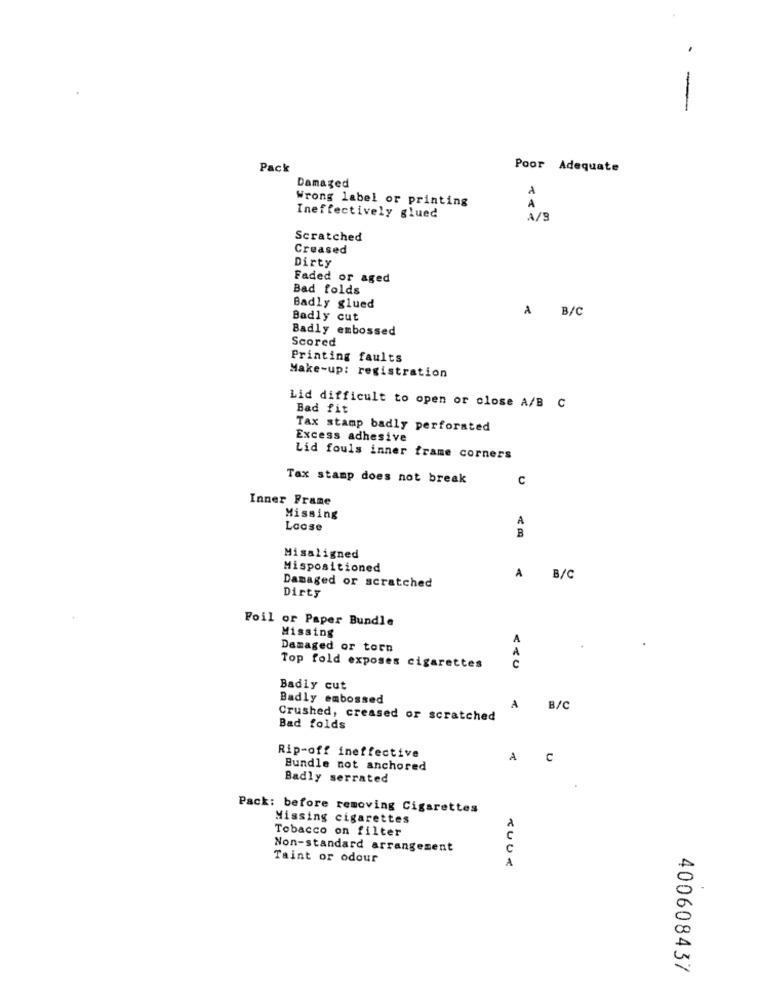
-
Pack
Poor Adequate
Damaged
Wrong label or printing
A
Ineffectively glued
4/9
Scratched
Creased
Dirty
Faded or aged
Bad folds
Badly glued
A B/C
Badly cut
Badly embossed
Scored
Printing faults
Make-up: registration
Lid difficult to open or close A/B C
Bad fit
Tax stamp badly perforated
Excess adhesive
Lid fouls inner frame corners
Tax stamp does not break
C
Inner Frame
Missing
A
Loose
B
Misaligned
Mispositioned
A
B/C
Damaged or scratched
Dirty
Foil or Paper Bundle
Missing
Damaged or torn
Top fold exposes cigarettes
<< U
Badly cut
Badly embossed
A
B/C
Crushed, creased or scratched
Bad folds
Rip-off ineffective
A
C
Bundle not anchored
Badly serrated
Pack: before removing Cigarettes
Missing cigarettes
Tobacco on filter
Non-standard arrangement
C
Taint or odour
A
00
A
400608437